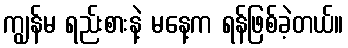
ကျွန်မ ရည်းစားနဲ့ မနေ့က ရန်ဖြစ်ခဲ့တယ်။